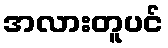
အလားတူပင်